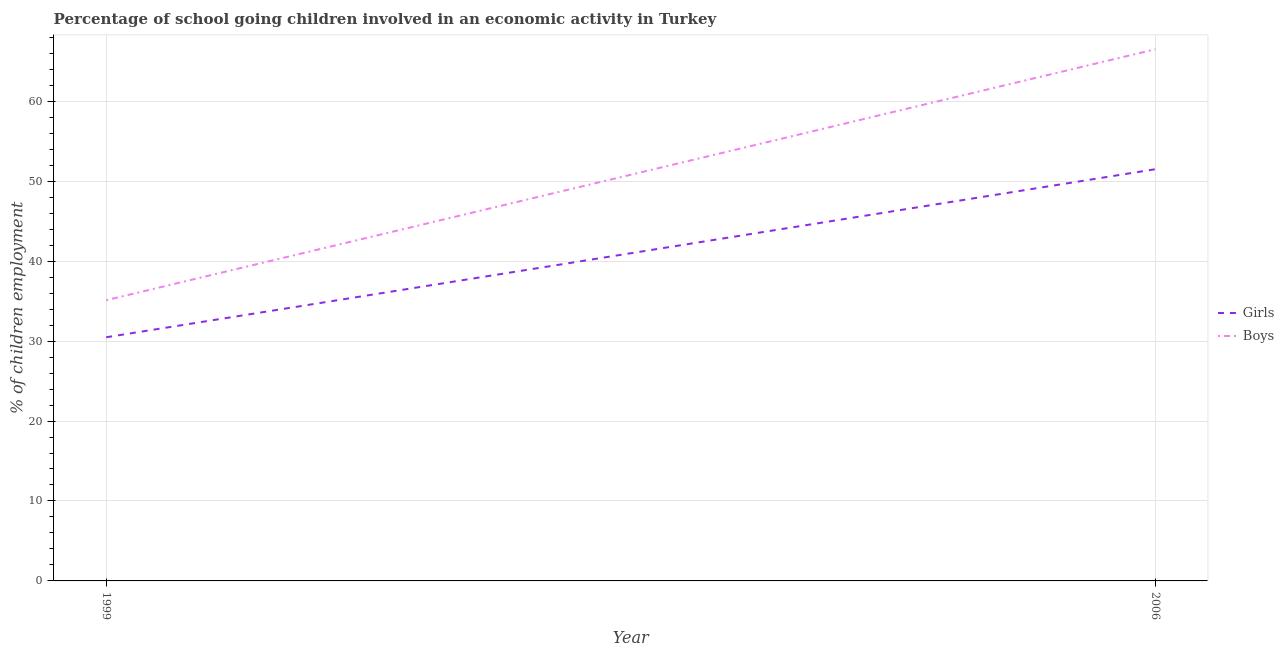
| Year | Girls | Boys |
 | --- | --- | --- |
 | 1999 | 30.5 | 35.1 |
 | 2006 | 51.5 | 66.5 |